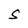
Character: S